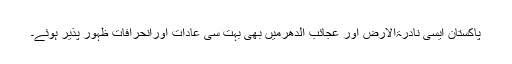
پاکستان ایسی نادرۃالارض اور عجائب الدھرمیں بھی بہت سی عادات اورانحرافات ظہور پذیر ہوئے۔